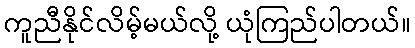
ကူညီနိုင်လိမ့်မယ်လို့ ယုံကြည်ပါတယ်။